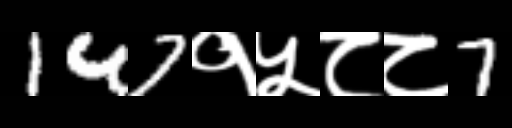
Text: 147१५८८7